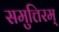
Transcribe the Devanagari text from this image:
समुत्तिरम्